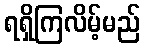
ရရှိကြလိမ့်မည်